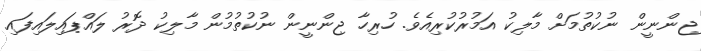
ޖިންނީން ނުކުތުމަށް މާލިކު އަމުރުކުރިއެވެ. ހުރިހާ ޖިންނީން ނުކުތުމުން މާލިކު ދޮރު ލައްޕައިލައިފައި